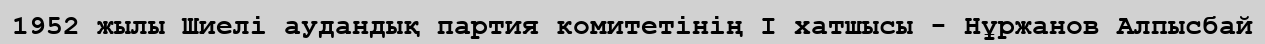
1952 жылы Шиелі аудандық партия комитетінің І хатшысы - Нұржанов Алпысбай